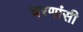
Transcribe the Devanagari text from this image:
चरणांसी